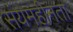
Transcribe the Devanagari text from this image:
संयमहीनता